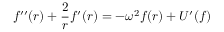
f ^ { \prime \prime } ( r ) + \frac { 2 } { r } f ^ { \prime } ( r ) = - \omega ^ { 2 } f ( r ) + U ^ { \prime } ( f )